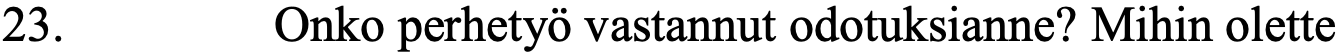
23.      Onko perhetyö vastannut odotuksianne? Mihin olette